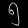
Digit: ၅